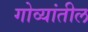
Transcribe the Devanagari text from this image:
गोव्यांतील